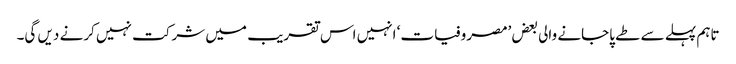
تاہم پہلے سے طے پاجانے والی بعض ’مصروفیات‘ انہیں اس تقریب میں شرکت نہیں کرنے دیں گی۔